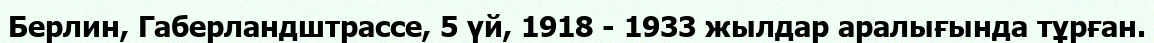
Берлин, Габерландштрассе, 5 үй, 1918 - 1933 жылдар аралығында тұрған.